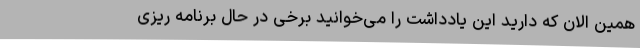
همین الان که دارید این یادداشت را می‌خوانید برخی در حال برنامه ریزی